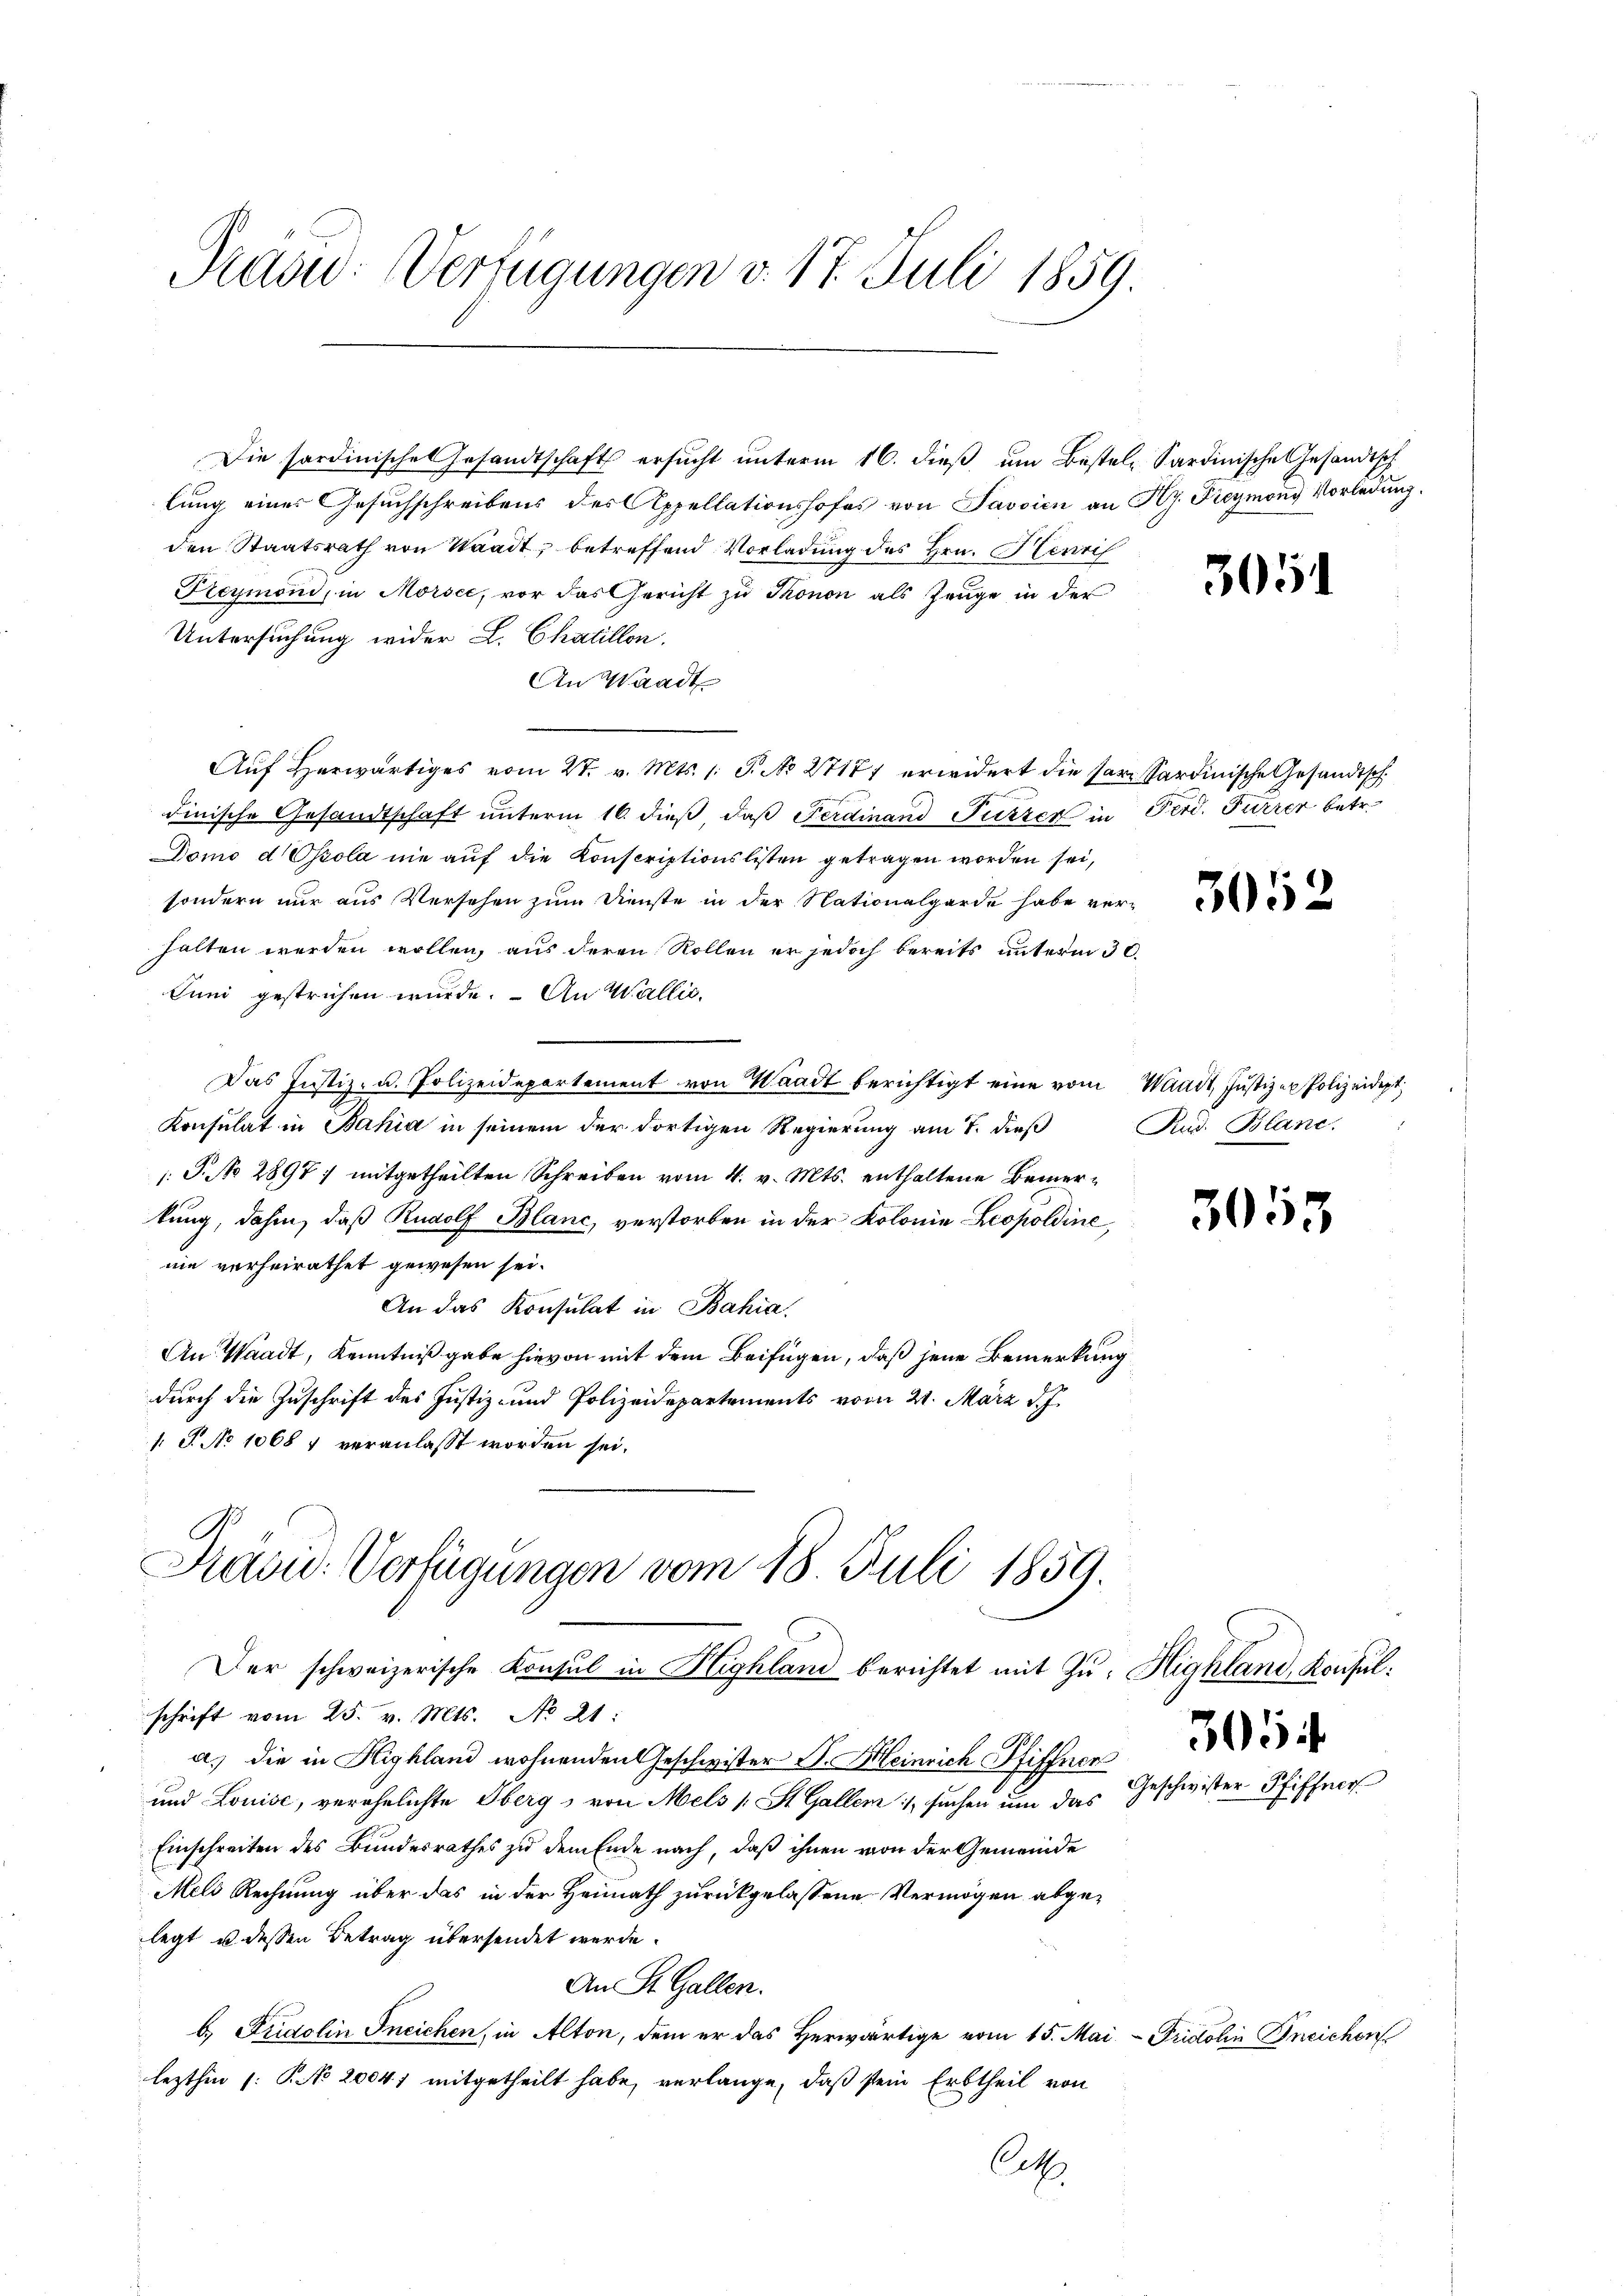
Pras: Verfügungen v. 17. Juli 1859.

Die sordinische Gesandtschaft ersŭcht ŭnterm 16. dieβ ŭm Bestel Sardinische Gesandtsch
lung eines Gesuchschreibens des Appellationshofes von Javsien an Hy. Freymond Vorladung.
den Staatsrath von Waadt, betreffend Vorladung des Hrn. Herrif
Preymond, in Morsee, vor das Gericht zu Thonon als Zeuge in der
Untersuchung wider L. Chatillon.
An Waadt
Auf herwärtiges vom 27. v. Mts. 1. P. No 27177 erwidert die ser Sardinische Gesandtsch
dinische Gesandtschaft unterm 16. dieß, daß Ferdinand Putzer in Ferd. Furrer betr.
Domo d Oscola nie auf die Konscriptionslisten getragen worden sei,
sondern nur aus Versehen zum Dienste in der Nationalgarde habe ver-
halten werden wollen, aus deren Rollen er jedoch bereits unterm 30.
Juni gestrichen wurde. An Wallis,
Das Justiz- u. Polizeidepartement von Waadt berichtigt eine vom Waadt, Justizen Polizeidept
Konsulat in Bahia in seinem der dortigen Regierung am 7. dieß
T. No 2897 ; mitgetheilten Schreiben vom 4. v. Mts. enthaltene Bemerkung, dahin, daß Rudolf Blanc, verstorben in der Kolonia Leopoldine,
nie verheirathet gewesen sei.
An das Konsulat in Bahia
An Waadt, Kenntnißgabe hievon mit dem Beifügen, daß jene Bemerkung
durch die Zuschrift des Justiz- und Polizeidepartements vom 21. März d. J.
1 J. No 10687 veranlasst worden sei.

Käsic: Verfügungen vom 18. Juli 1859.

Der schweizerische Konsul in Highland berichtet mit Zu- Highland, Konsulschrift vom 25. v. Mts. No 21:
a.) die in Highland wohnenden Geschwister S. Heinrich Pfiffnen
und Louise, verehelichte Oberg, von Mels (St. Gallem :/, suchen um das Geschwister Pfiffner
Einschreiten des Bundesrathes zu dem Ende nach, daß ihnen von der Gemeinde
Mels Rechnung über das in der Heimath zurückgelassene Vermögen abgelegt u dessen Betrag übersendet werde.
An R. Gallen.
b.) Fridolin Ineichen, in Alton, dem er das Herwärtige vom 15. Mai - Fridolin Kneichen
lezthin (: P. No 20047 mitgetheilt habe, verlange, daß sein Erbtheil von
Ret

3052

3053

3051

Rud. Blane.

3054